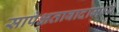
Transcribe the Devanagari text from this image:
सापेक्षतावादामध्ये